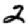
Digit: 2